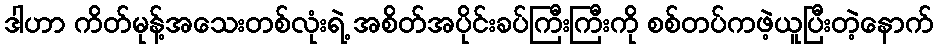
ဒါဟာ ကိတ်မုန့်အသေးတစ်လုံးရဲ့ အစိတ်အပိုင်းခပ်ကြီးကြီးကို စစ်တပ်ကဖဲ့ယူပြီးတဲ့နောက်